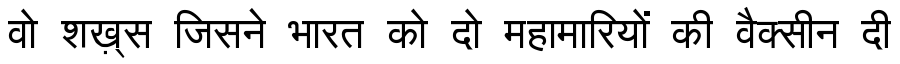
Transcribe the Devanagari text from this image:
वो शख़्स जिसने भारत को दो महामारियों की वैक्सीन दी